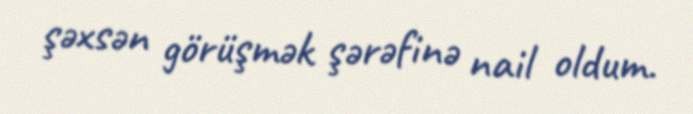
şəxsən görüşmək şərəfinə nail oldum.